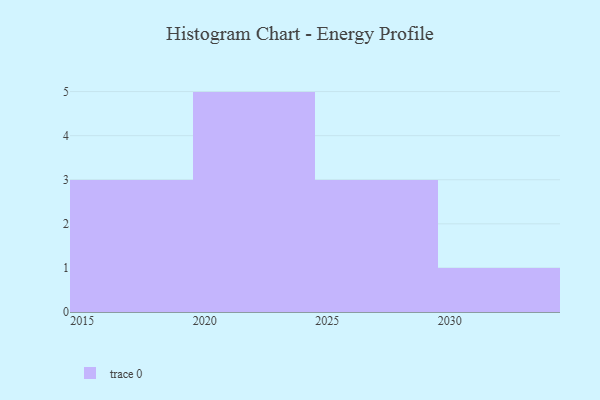
{"axis": {"x": "Year", "y": "Conversion Rate (%)"}, "legend": [""], "data": [{"x": "2017", "y": 4, "type": ""}, {"x": "2021", "y": 50, "type": ""}, {"x": "2028", "y": 7, "type": ""}, {"x": "2015", "y": 75, "type": ""}, {"x": "2024", "y": 12, "type": ""}, {"x": "2029", "y": 62, "type": ""}, {"x": "2020", "y": 2, "type": ""}, {"x": "2025", "y": 18, "type": ""}, {"x": "2023", "y": 29, "type": ""}, {"x": "2030", "y": 70, "type": ""}, {"x": "2022", "y": 100, "type": ""}, {"x": "2019", "y": 84, "type": ""}]}